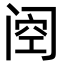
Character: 𮤶